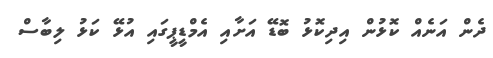
ދެން އަނެއް ކޮޅުން އިދިކޮޅު ބޮޑޭ އަށާއި އެމްޑީޕީގައި އުޅޭ ކަޅު ލިބާސް